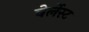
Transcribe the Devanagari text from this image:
वेर्लेस्ट